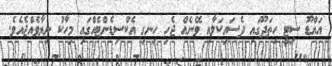
އައްޑޫ ސިޓީ ހިތަދޫގައި ދެސައިކަލާއި ވޭނެއް ޖެހި ހިނގި އެކްސިޑެންޓެއްގައި މިހާކު ނިޔާވެއްޖެއެވެ.